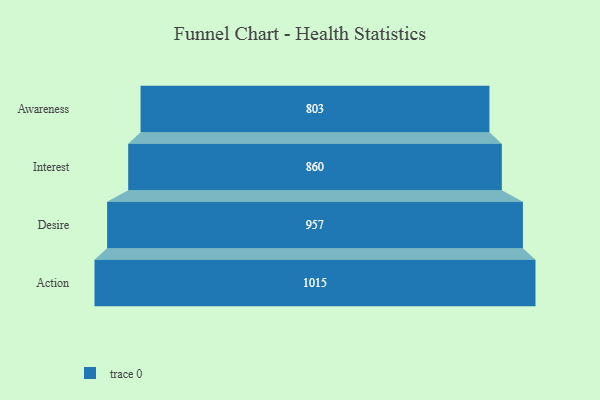
{"axis": {"x": "Stage", "y": "Value"}, "legend": [""], "data": [{"x": "Awareness", "y": 803.0, "type": ""}, {"x": "Interest", "y": 860.0, "type": ""}, {"x": "Desire", "y": 957.0, "type": ""}, {"x": "Action", "y": 1015.0, "type": ""}]}